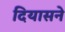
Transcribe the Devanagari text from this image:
दियासने